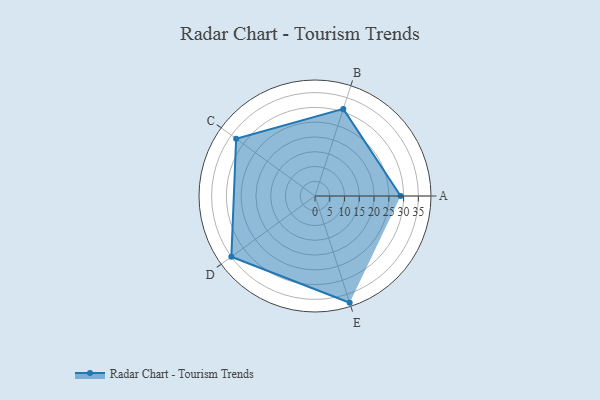
{"axis": {"x": "Skill", "y": "Score"}, "legend": ["Profile"], "data": [{"x": "A", "y": 29.0, "type": "Profile"}, {"x": "B", "y": 31.0, "type": "Profile"}, {"x": "C", "y": 33.0, "type": "Profile"}, {"x": "D", "y": 35.0, "type": "Profile"}, {"x": "E", "y": 38.0, "type": "Profile"}]}